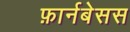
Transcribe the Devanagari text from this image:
फ़ार्नबेसस